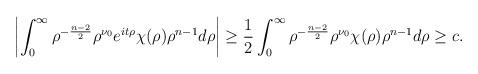
LaTeX: \begin{align*}\left|\int_0^\infty\rho^{-\frac{n-2}2}\rho^{\nu_0}e^{it\rho}\chi(\rho)\rho^{n-1}d\rho\right|\geq \frac12\int_0^\infty\rho^{-\frac{n-2}2}\rho^{\nu_0}\chi(\rho)\rho^{n-1}d\rho\geq c.\end{align*}